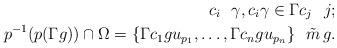
LaTeX: \begin{align*}\,\, c_i\,\,\,\, \gamma, c_i\gamma\in \Gamma c_j\,\,\,\, j;\\p^{-1}(p(\Gamma g))\cap \Omega=\{\Gamma c_1gu_{p_1},\ldots, \Gamma c_ngu_{p_n}\}\,\, \,\,\tilde{m}\, g.\end{align*}